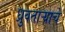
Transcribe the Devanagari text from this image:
ध्रुवताऱ्याचे